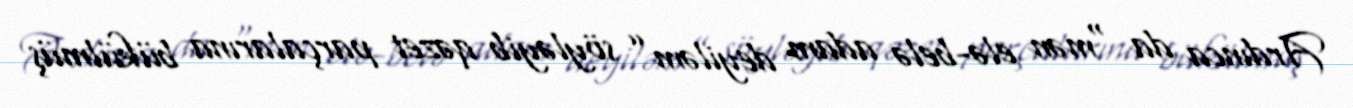
Ardınca da “mən elə-belə adam deyiləm” söyləyib qəzet parçalarına bükülmüş